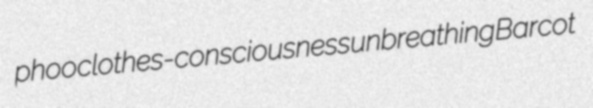
phoo clothes-consciousness unbreathing Barcot